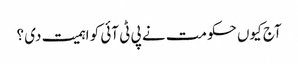
آج کیوں حکومت نے پی ٹی آئی کو اہمیت دی ؟